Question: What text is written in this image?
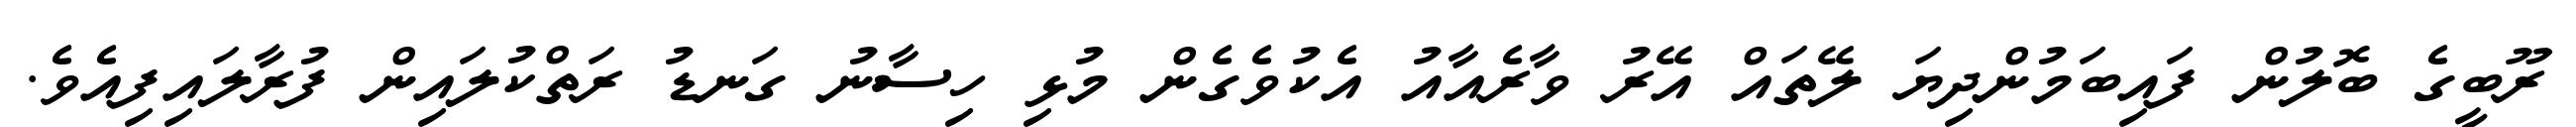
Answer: ރޫބީގެ ބޮލުން ފައިބަމުންދިޔަ ލޭތައް އޭރު ވާރެއާއު އެކުވެގެން މުޅި ހިސާނު ގަނޑު ރަތްކުލައިން ފުރާލައިފިއެވެ.